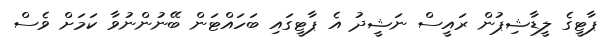
ޕާޓީގެ ލީޑާޝިޕުން ރައީސް ނަޝީދު އެ ޕާޓީގައި ބަހައްޓަން ބޭނުންނުވާ ކަމަށް ވެސް